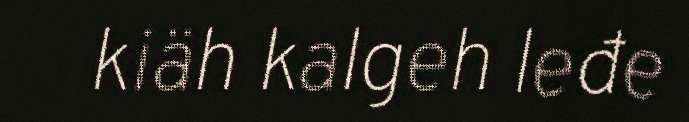
kiäh kalgeh leđe